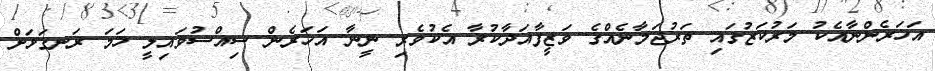
އަހަރެންނާއެކު މަރުކަޒުގައި ތަރުޖަމާނެއްގެ ވަޒީފާއަދާކުރާ އެކުވެރި ނީނާ އަހަރެން ސިއްސުވައިލީ ހަމަ ރަނގަޅަށް